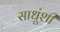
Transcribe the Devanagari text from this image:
साधूंशी